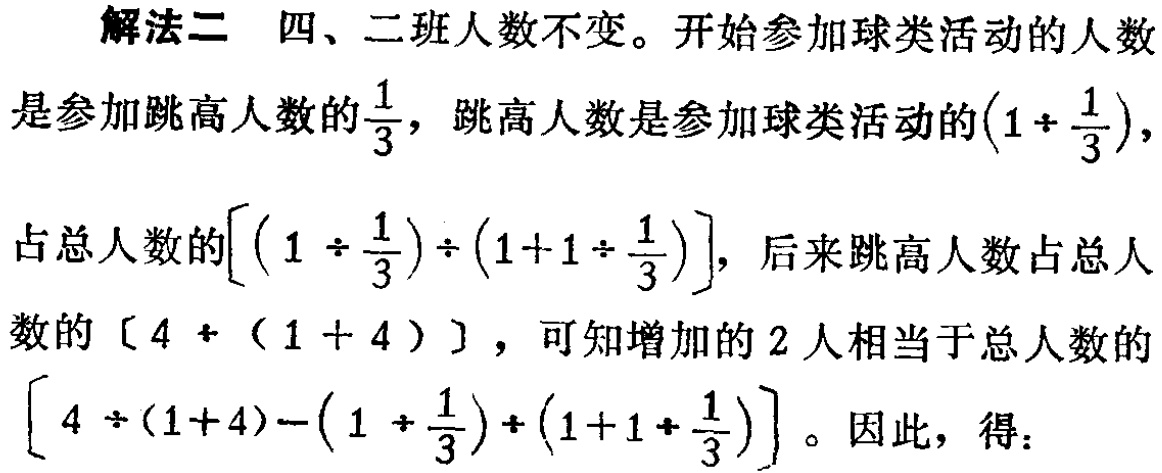
解法二 四、二班人数不变。开始参加球类活动的人数

是参加跳高人数的$\frac{1}{3}$，跳高人数是参加球类活动的$(1 + \frac{1}{3})$，

占总人数的$[(1 \div \frac{1}{3}) \div (1 + 1 \div \frac{1}{3})]$，后来跳高人数占总人

数的$[4 \div (1 + 4)]$，可知增加的2人相当于总人数的

$[4 \div (1 + 4) - (1 \div \frac{1}{3}) \div (1 + 1 \div \frac{1}{3})]$。因此，得：